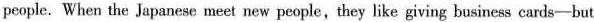
people. When the Japanese meet new people,they like giving business cards-but